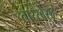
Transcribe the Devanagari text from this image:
तारखेसह